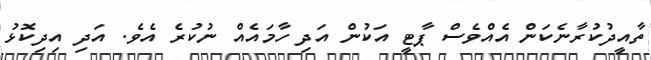
ތާއީދުކުރާނެކަން އެއްވެސް ޕާޓީ އަކުން އަދި ހާމައެއް ނުކުރެ އެވެ. އަދި އިދިކޮޅު